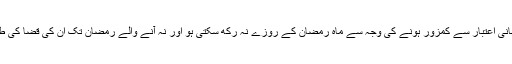
اگر کوئی لڑکی سن بلوغ تک پہنچنے کے بعد جسمانی اعتبار سے کمزور ہونے کی وجہ سے ماہ رمضان کے روزے نہ رکھ سکتی ہو اور نہ آنے والے رمضان تک ان کی قضا کی طاقت رکھتی ہو تو اس کے روزوں کا کیا حکم ہے؟